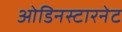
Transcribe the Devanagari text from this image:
ओडिनस्टारनेट